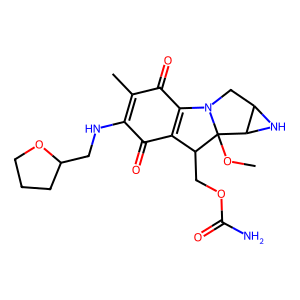
SMILES: COC12C(COC(N)=O)C3=C(C(=O)C(C)=C(NCC4CCCO4)C3=O)N1CC1NC12
Inhibits HIV replication: No